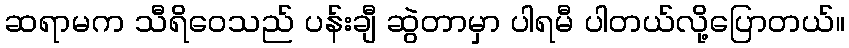
ဆရာမက သီရိဝေသည် ပန်းချီ ဆွဲတာမှာ ပါရမီ ပါတယ်လို့ပြောတယ်။